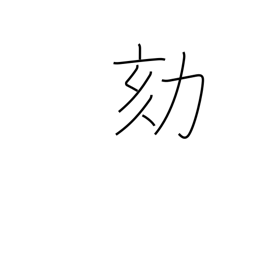
Meaning: criminal investigation